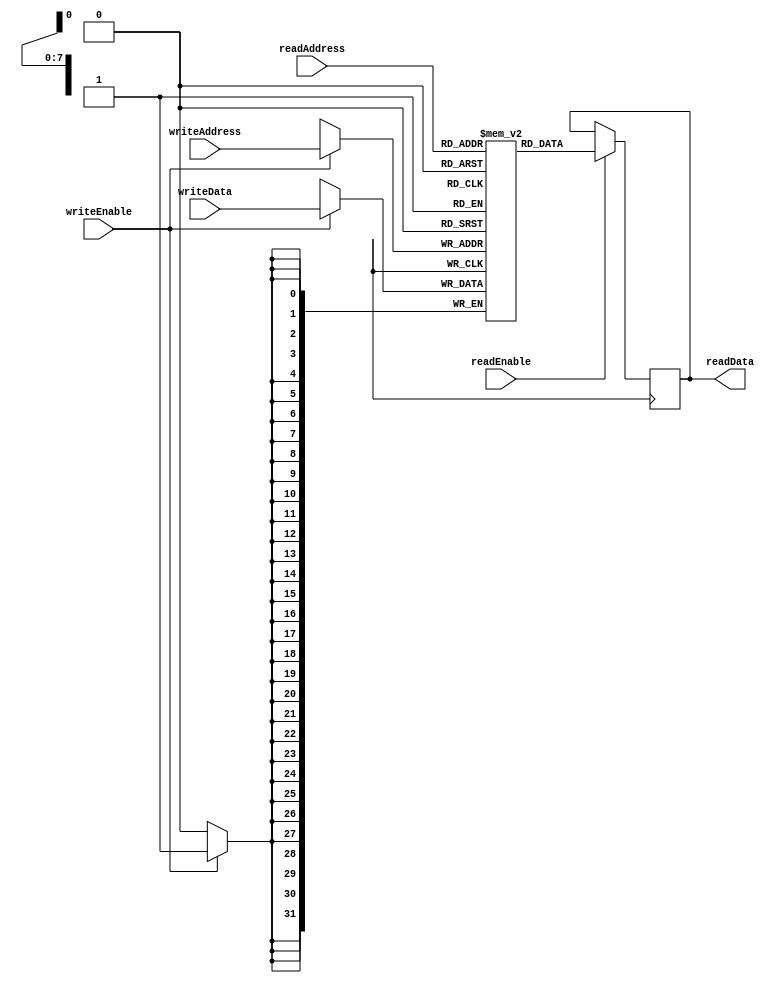
module RegisterFile (
    input wire [7:0] readAddress,
    input wire [7:0] writeAddress,
    input wire readEnable,
    input wire writeEnable,
    input wire [31:0] writeData,
    output reg [31:0] readData
);

reg [31:0] memory [255:0]; // 256 memory blocks, each storing 32-bit data

always @ (posedge clk) begin
    if (writeEnable) begin
        memory[writeAddress] <= writeData;
    end
    
    if (readEnable) begin
        readData <= memory[readAddress];
    end
end

endmodule